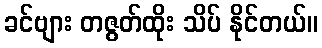
ခင်ဗျား တဇွတ်ထိုး သိပ် နိုင်တယ်။